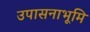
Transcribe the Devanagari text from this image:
उपासनाभूमि